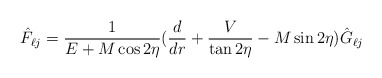
\begin{align*}\hat F_{\ell j}={1\over {E+M\cos 2\eta}}({d\over dr}+{V\over \tan 2\eta}-M\sin 2\eta)\hat G_{\ell j}\end{align*}